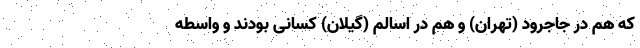
که هم در جاجرود (تهران) و هم در اسالم (گیلان) کسانی بودند و واسطه